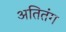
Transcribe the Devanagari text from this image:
अतितंग